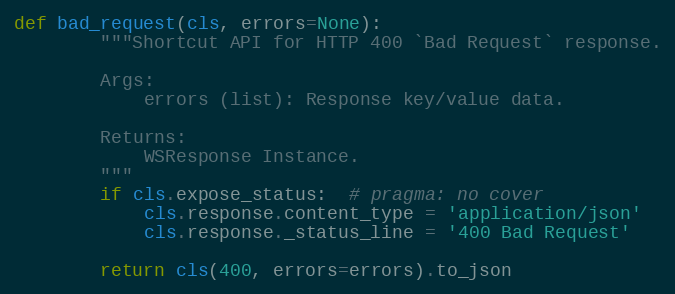
Language: Python
def bad_request(cls, errors=None):
        """Shortcut API for HTTP 400 `Bad Request` response.

        Args:
            errors (list): Response key/value data.

        Returns:
            WSResponse Instance.
        """
        if cls.expose_status:  # pragma: no cover
            cls.response.content_type = 'application/json'
            cls.response._status_line = '400 Bad Request'

        return cls(400, errors=errors).to_json